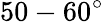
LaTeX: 50-60^{\circ}